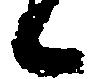
候